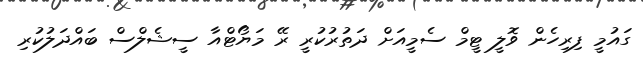
ގައުމީ ފިރިހެން ވޮލީ ޓީމް ސެމީއަށް ދަތުރުކުރީ ރޭ މަޔޯޓްއާ ސީޝެލްސް ބައްދަލުކުރި